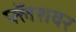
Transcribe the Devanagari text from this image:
फ्लॅशवर